Lunatic asylums Bombay report 1878-1890 - 1878-1890
Year: 1878
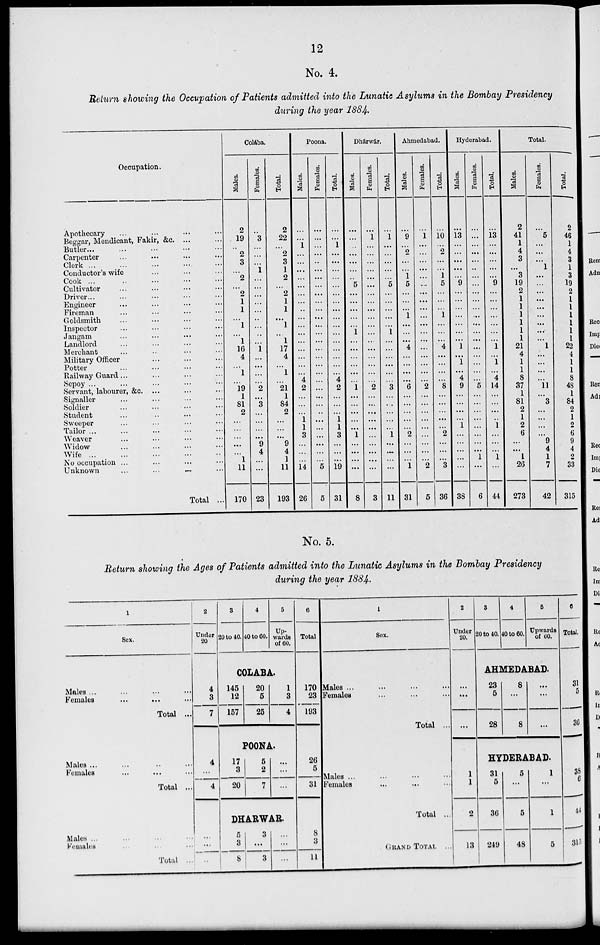
12
No. 4.
Return showing the Occupation of Patients admitted into the Lunatic Asylums in the Bombay Presidency
during the year 1884.
Occupation.
Apothecary ... ... ... ...
Beggar, Mendicant, Fakir, &c. ... ...
Butler ... ... ... ... ...
Carpenter ... ... ... ...
Clerk
...
...
...
...
...
Conductor's wife ... ... ...
Cook ... ... ... ... ...
Cultivator ... ... ... ...
Driver ... ... ... ... ...
Engineer ... ... ... ...
Fireman ... ... ... ...
Goldsmith ... ... ... ...
Inspector ... ... ... ...
Jangam ... ... ... ...
Landlord ... ... ... ...
Merchant ... ... ... ...
Military Officer ... ... ...
Potter ... ... ... ...
Railway Guard ..... ... ... ...
Sepoy ... ... ... ...
Servant, labourer, &c. ... ... ...
Signaller ... ... ... ...
Soldier ... ... ... ...
Student ... ... ... ...
Sweeper ... ... ... ...
Tailor .... ... ... ... ...
Weaver ... ... ... ...
Widow
...
...
...
...
Wife
...
...
...
...
No occupation ... ... ... ...
Unknown ... ... ... ...
Total ...
Colába.
Males.
2
19
...
2
3
...
2
...
2
1
1
...
1
...
1
16
4
...
1
...
19
1
81
2
...
...
...
...
...
1
11
170
Females.
...
3
...
...
...
1
...
...
...
...
...
...
...
...
...
1
...
...
...
...
2
...
3
...
...
...
...
9
4
...
...
23
Total.
2
22
...
2
3
1
2
...
2
1
1
...
...
...
17
...
...
...
...
21
...
84
2
...
...
...
9
4
1
11
193
Poona.
Males.
...
...
1
...
...
...
...
...
...
...
...
...
...
...
...
...
...
...
...
4
2
...
...
...
1
1
3
...
...
...
14
26
Females.
...
...
...
...
...
...
...
...
...
...
...
...
...
...
...
...
...
...
...
...
...
...
...
...
...
...
...
...
...
...
5
5
Total.
...
...
1
...
...
...
...
...
...
...
...
...
...
...
...
...
...
...
...
4
2
...
...
...
1
1
3
...
...
...
19
31
Dhárwár.
Males.
...
...
...
...
...
...
...
5
...
...
...
...
...
1
...
...
...
...
...
...
1
...
...
...
...
...
1
...
...
...
...
8
Females.
...
1
...
...
...
...
...
...
...
...
...
...
...
...
...
...
...
...
...
...
2
...
...
...
...
...
...
...
...
...
...
3
Total.
...
1
...
...
...
...
...
5
...
...
...
...
...
1
...
...
...
...
...
...
3
...
...
...
...
...
1
...
...
...
...
11
Ahmedabad.
Males.
...
9
...
2
...
...
1
5
...
...
...
1
...
...
...
4
...
...
...
...
6
...
...
...
...
...
2
...
...
...
1
31
Females.
...
1
...
...
...
...
...
...
...
...
...
...
...
...
...
...
...
...
...
...
2
...
...
...
...
...
...
...
...
...
2
5
Total.
...
10 ...
2
...
...
1
5
...
...
...
1
...
...
...
4
...
...
...
...
8
...
...
...
...
...
2
...
...
...
3
36
Hyderabad.
Males.
...
13
...
...
...
...
...
9
...
...
...
...
...
...
...
1
...
1
...
4
9
...
...
...
...
1
...
...
...
...
...
38
Females.
...
...
...
...
...
...
...
...
...
...
...
...
...
...
...
...
...
...
...
...
5
...
...
...
...
...
...
...
...
1
...
6
Total.
...
13
...
...
...
...
...
9
...
...
...
...
...
...
...
1
...
1
...
4
14
...
...
...
..
1
...
...
...
1
...
44
Total.
Males.
2
41
1
4
3
...
3
19
2
1
1
1
1
1
1
21
4
1
1
8
37
1
81
2
1
2
6
...
...
1
26
273
Females.
...
5
...
...
...
1
...
...
...
...
...
...
...
...
...
1
...
...
...
...
11
...
3
...
...
...
...
9
4
1
7
42
Total.
2
46
1
4
3
1
3
19
2
1
1
1
1
1
1
22
4
1
1
8
48
1
84
2
1
2
6
9
4
2
33
315
No. 5.
Return showing the Ages of Patients admitted into the Lunatic Asylums in the Bombay Presidency
during the year 1884.
1
Sex.
Males ... ... ... ...
Females
...
...
...
Total ...
Males ... ... ... ...
Females ... ... ...
Total ...
Males ... ... ... ...
Females ... ... ...
Total ...
2
Under
20
4
3
7
4
...
4
...
...
...
3
20 to 40.
4
40 to 60.
5
Upwards
of 60.
COLABA.
145
12
157
20
5
25
1
3
4
POONA.
17
3
20
5
2
7
...
...
...
DHARWAR.
5
3
8
3
...
3
...
...
...
6
Total
170
23
193
26
5
31
8
3
11
1
Sex.
Males ... ... ... ...
Females ... ... ...
Total ...
Males ... ... ... ...
Females ... ... ...
Total ...
GRAND TOTAL ...
2
Under
20.
...
...
...
1
1
2
13
3
20 to 40.
4
40 to 60.
5
Upwards
of 60.
AHMEDABAD.
23
5
28
8
...
8
....
...
...
HYDERABAD.
31
5
36
249
5
...
5
48
1
...
1
5
6
Total.
31
5
36
38
6
44
315